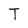
Character: T